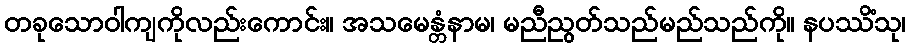
တခုသောဝါကျကိုလည်းကောင်း။ အသမေန္တံနာမ၊ မညီညွတ်သည်မည်သည်ကို။ နပဿိံသု၊